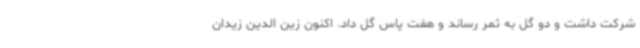
شرکت داشت و دو گل به ثمر رساند و هفت پاس گل داد. اکنون زین الدین زیدان